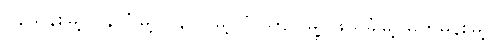
ပန်ယန်းမြို့၊ ပန်လုံမြို့၊ ပန်ဝိုင်မြို့၊ ပုံပါကျင်မြို့၊ ဖယ်ခုံမြို့၊ မက်မန်းမြို့၊